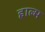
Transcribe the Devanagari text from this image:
हाल्म